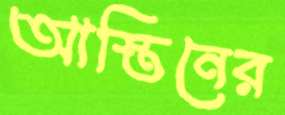
আস্তিনের